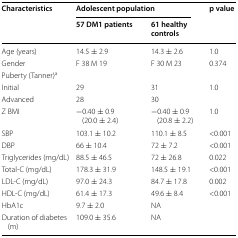
<table><thead><tr><td rowspan="2"><b>Characteristics</b></td><td colspan="2"><b>Adolescent population</b></td><td rowspan="2"><b>p value</b></td></tr><tr><td><b>57 DM1 patients</b></td><td><b>61 healthy controls</b></td></tr></thead><tbody><tr><td>Age (years)</td><td>14.5 ± 2.9</td><td>14.3 ± 2.6</td><td>1.0</td></tr><tr><td>Gender</td><td>F 38 M 19</td><td>F 30 M 23</td><td>0.374</td></tr><tr><td colspan="4">Puberty (Tanner)<sup>a</sup></td></tr><tr><td>Initial</td><td>29</td><td>31</td><td rowspan="2">1.0</td></tr><tr><td>Advanced</td><td>28</td><td>30</td></tr><tr><td>Z BMI</td><td>−0.40 ± 0.9 (20.0 ± 2.4)</td><td>−0.40 ± 0.9 (20.8 ± 2.2)</td><td>1.0</td></tr><tr><td>SBP</td><td>103.1 ± 10.2</td><td>110.1 ± 8.5</td><td>&lt;0.001</td></tr><tr><td>DBP</td><td>66 ± 10.4</td><td>72 ± 7.2</td><td>&lt;0.001</td></tr><tr><td>Triglycerides (mg/dL)</td><td>88.5 ± 46.5</td><td>72 ± 26.8</td><td>0.022</td></tr><tr><td>Total-C (mg/dL)</td><td>178.3 ± 31.9</td><td>148.5 ± 19.1</td><td>&lt;0.001</td></tr><tr><td>LDL-C (mg/dL)</td><td>97.0 ± 24.3</td><td>84.7 ± 17.8</td><td>0.002</td></tr><tr><td>HDL-C (mg/dL)</td><td>61.4 ± 17.3</td><td>49.6 ± 8.4</td><td>&lt;0.001</td></tr><tr><td>HbA1c</td><td>9.7 ± 2.0</td><td>NA</td><td></td></tr><tr><td>Duration of diabetes (m)</td><td>109.0 ± 35.6</td><td>NA</td><td></td></tr></tbody></table>